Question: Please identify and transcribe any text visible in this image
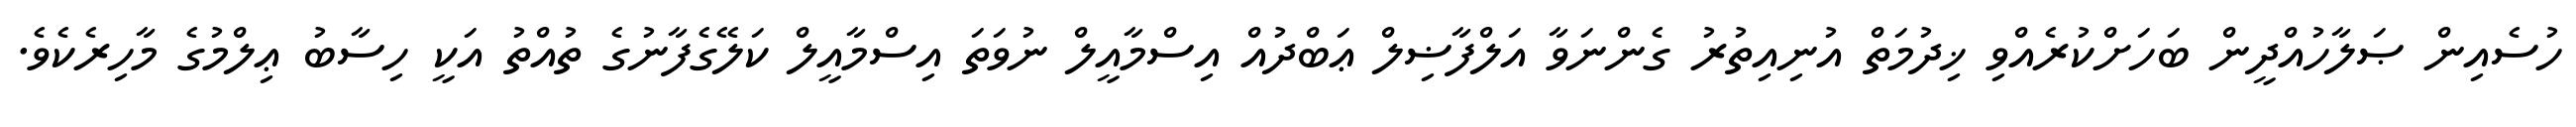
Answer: ހުސެއިން ޞަލާހުއްދީން ބަހަށްކުރެއްވި ޚިދުމަތް އުނިއިތުރު ގެންނަވާ އަލްފާޟިލް ޢަބްދުއް އިސްމާއީލް ނުވަތަ އިސްމާއީލް ކަލޭގެފާނުގެ ތުއްތު އަކީ ހިސާބު ޢިލްމުގެ މާހިރެކެވެ.